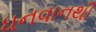
ધનવાનથી